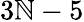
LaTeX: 3\mathbb{N}-5